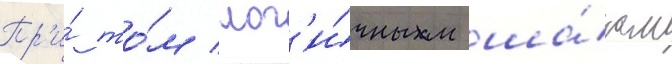
Пр'и́ то́м лог'и́чным ша́гом